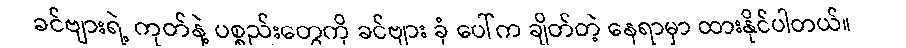
ခင်ဗျားရဲ့ ကုတ်နဲ့ ပစ္စည်းတွေကို ခင်ဗျား ခုံ ပေါ်က ချိတ်တဲ့ နေရာမှာ ထားနိုင်ပါတယ်။